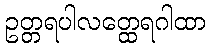
ဥတ္တရပါလတ္ထေရဂါထာ